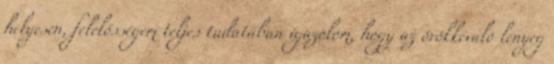
helyesen, felelősségem teljes tudatában igazolom, hogy az örökkévaló lényeg